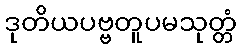
ဒုတိယပဗ္ဗတူပမသုတ္တံ